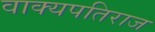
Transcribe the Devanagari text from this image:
वाक्यपतिराज